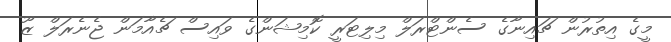
މީގެ އިތުރުން ޗައިނާގެ ސެންޓްރަލް މިލިޓަރީ ކޮމިޝަންގެ ވައިސް ޗެއާމަން ޖެނެރަލް ޒޫ